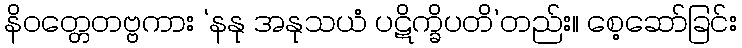
နိဝတ္တေတဗ္ဗကား ‘နနု အနုသယံ ပဋိက္ခိပတိ’တည်း။ စေ့ဆော်ခြင်း